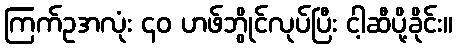
ကြက်ဥအလုံး ၄၀ ဟဖ်ဘွိုင်လုပ်ပြီး ငါ့ဆီပို့ခိုင်း။